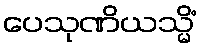
ပေသုဏိယသ္မိံ